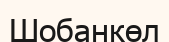
Шобанкөл